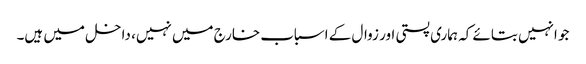
جو انہیں بتائے کہ ہماری پستی اور زوال کے اسباب خارج میں نہیں، داخل میں ہیں۔